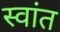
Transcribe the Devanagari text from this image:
स्वांत